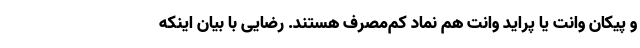
و پیکان وانت یا پراید وانت هم نماد کم‌مصرف هستند. رضایی با بیان اینکه